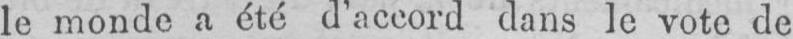
le monde a été d’accord dans le vote de